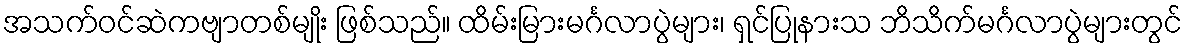
အသက်ဝင်ဆဲကဗျာတစ်မျိုး ဖြစ်သည်။ ထိမ်းမြားမင်္ဂလာပွဲများ၊ ရှင်ပြုနားသ ဘိသိက်မင်္ဂလာပွဲများတွင်